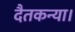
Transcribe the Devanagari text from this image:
दैतकन्या।